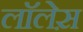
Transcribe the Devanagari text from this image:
लाॅलेस़